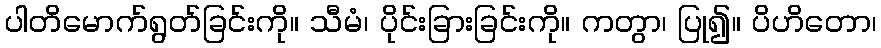
ပါတိမောက်ရွတ်ခြင်းကို။ သီမံ၊ ပိုင်းခြားခြင်းကို။ ကတွာ၊ ပြု၍။ ပိဟိတော၊